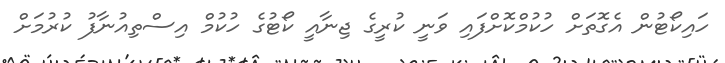
ހައިކޯޓުން އެގޮތަށް ހުކުމްކޮށްފައި ވަނީ ކުރީގެ ޖިނާއީ ކޯޓުގެ ހުކުމް އިސްތިއުނާފު ކުރުމަށް